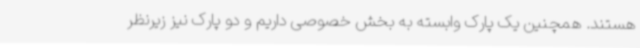
هستند. همچنین یک پارک وابسته به بخش خصوصی داریم و دو پارک نیز زیرنظر